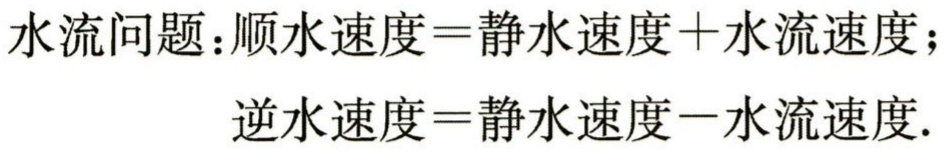
水流问题：\(顺水速度 = 静水速度 + 水流速度\)；

\(逆水速度 = 静水速度 - 水流速度\).